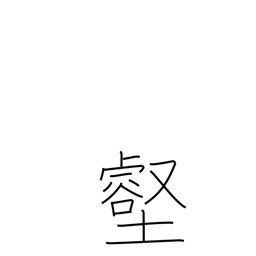
Meaning: valley